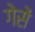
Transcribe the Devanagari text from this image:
गेसें